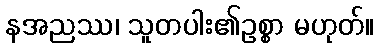
နအညဿ၊ သူတပါး၏ဥစ္စာ မဟုတ်။